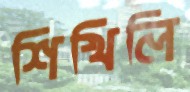
শিখিলি